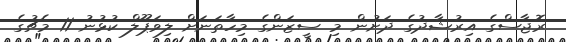
ރޮޖާސްގެ އިރުޝާދުގެ ދަށުން މި ސީޒަންގެ މިހާތަނަށް ލިވަޕޫލް ކުޅުނު 11 މެޗުގެ